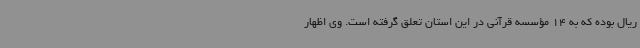
ریال بوده که به 14 مؤسسه قرآنی در این استان تعلق گرفته است. وی اظهار